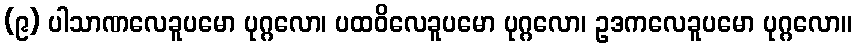
(၉) ပါသာဏလေခူပမော ပုဂ္ဂလော၊ ပထဝိလေခူပမော ပုဂ္ဂလော၊ ဥဒကလေခူပမော ပုဂ္ဂလော။